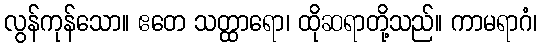
လွန်ကုန်သော။ ဧတေ သတ္ထာရော၊ ထိုဆရာတို့သည်။ ကာမရာဂံ၊